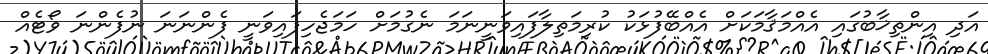
އަދި އިންތިޚާބުގައި އެއްމަޤާމަކަށް އެއްބޭފުޅަކު ކުރިމަތިލާފައިވަނީނަމަ ނެގުމަށް ހަމަޖެހިފައިވަނީ ފެންނަނަ ނުފެންނަ ވޯޓެއް